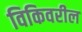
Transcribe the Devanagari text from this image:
विकिवरील